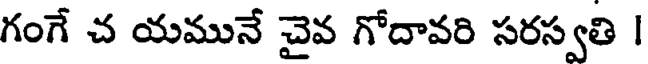
గంగే చ యమునే చైవ గోదావరి సరస్వతి |